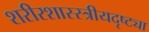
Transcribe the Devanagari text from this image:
शरीरशास्स्त्रीयदृष्ट्या